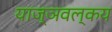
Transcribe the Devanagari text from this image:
याज्ञवल्कय